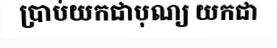
ប្រាប់យកជាបុណ្យ យកជា